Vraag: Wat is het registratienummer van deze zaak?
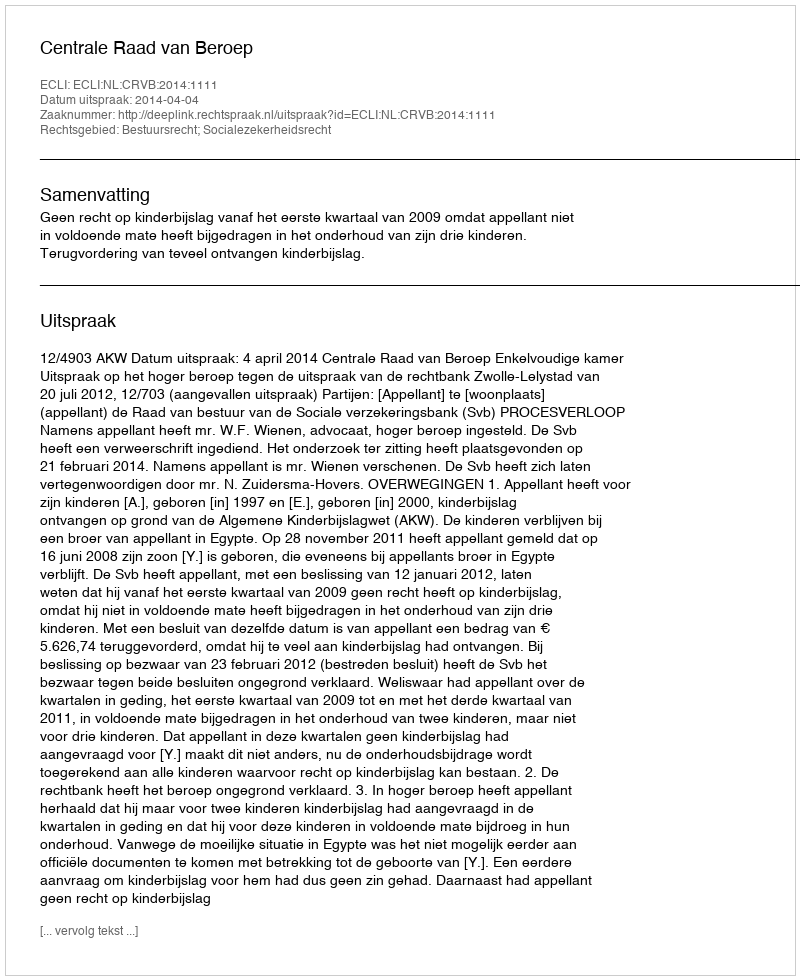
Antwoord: http://deeplink.rechtspraak.nl/uitspraak?id=ECLI:NL:CRVB:2014:1111